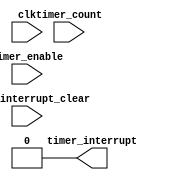
//                              -*- Mode: Verilog -*-
// Description     : Picoblaze Timer Module
// Last Modified By: Philip Tracton
// Update Count    : 0
// Status          : Unknown, Use with caution!

module timer (/*AUTOARG*/
   // Outputs
   timer_interrupt,
   // Inputs
   clk, timer_count, timer_enable, timer_interrupt_clear
   ) ;
   input clk;
   input [31:0] timer_count;
   input        timer_enable;
   input        timer_interrupt_clear;   
   output       timer_interrupt;

   //
   // Registers
   //
   reg [31:0]   count = 32'h0000_0000;
   reg          timer_interrupt = 1'b0;
   reg          interrupt = 1'b0;
   
   //
   // Wires
   //
   assign timer_expired = (count >= timer_count);
   
   always @(posedge clk)
     if (timer_enable  && !timer_expired) begin
        count <= count + 1;        
     end else begin
        count <= 32'h0000_0000;        
     end
       
   //
   // Interrupt
   //
   always @(posedge clk)
     if (timer_enable  & !timer_interrupt_clear) begin
        interrupt <= timer_expired;        
     end else begin
        interrupt <= 1'b0;        
     end
   
endmodule // timer